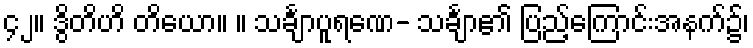
၄၂။ ဒွိတိဟိ တိယော။ ။ သင်္ချာပူရဏေ- သင်္ချာ၏ ပြည့်ကြောင်းအနက်၌၊